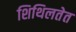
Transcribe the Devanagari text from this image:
शिथिलतेत